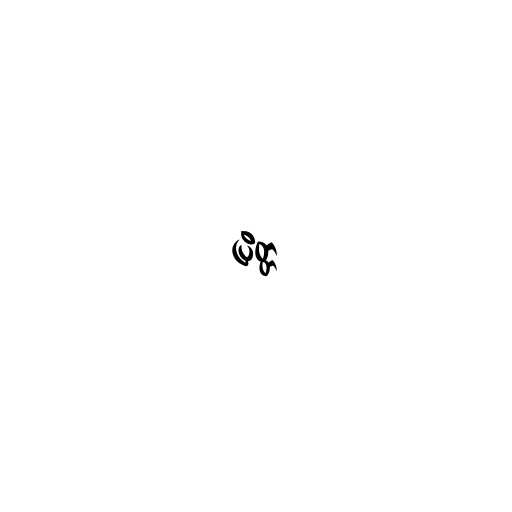
ပြိတ္တ